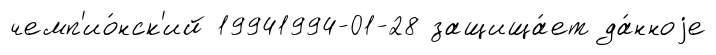
чемп'ио́нск'ий 19941994-01-28 защища́ет да́нноjе